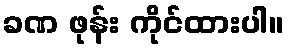
ခဏ ဖုန်း ကိုင်ထားပါ။